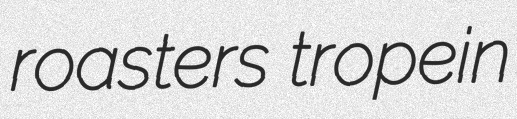
roasters tropein